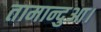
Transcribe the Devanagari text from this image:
तामान्दुआ।